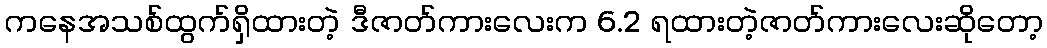
ကနေအသစ်ထွက်ရှိထားတဲ့ ဒီဇာတ်ကားလေးက 6.2 ရထားတဲ့ဇာတ်ကားလေးဆိုတော့